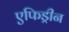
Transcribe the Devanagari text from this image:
एफिड्रीन